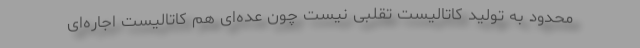
محدود به تولید کاتالیست تقلبی نیست چون عده‌ای هم کاتالیست اجاره‌ای